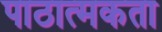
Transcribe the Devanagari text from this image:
पाठात्मकता